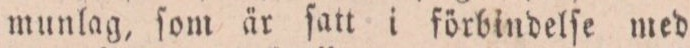
munlag, ſom är ſatt i förbindelſe med